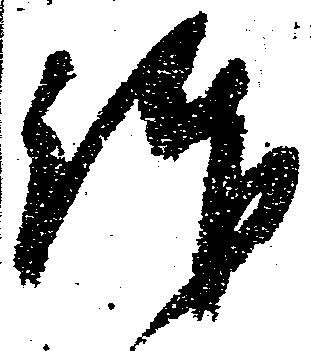
仰